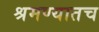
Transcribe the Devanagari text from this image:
श्रमण्यातच